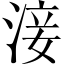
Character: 淁